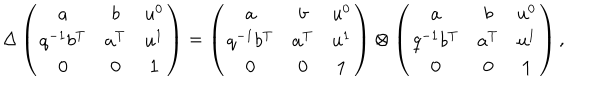
LaTeX: \Delta \left( \begin{matrix} { { a } } & { { b } } & { { u ^ { 0 } } } \\ { { q ^ { - 1 } b ^ { \mathrm { T } } } } & { { a ^ { \mathrm { T } } } } & { { u ^ { 1 } } } \\ { { 0 } } & { { 0 } } & { { { \bf 1 } } } \\ \end{matrix} \right) = \left( \begin{matrix} { { a } } & { { b } } & { { u ^ { 0 } } } \\ { { q ^ { - 1 } b ^ { \mathrm { T } } } } & { { a ^ { \mathrm { T } } } } & { { u ^ { 1 } } } \\ { { 0 } } & { { 0 } } & { { { \bf 1 } } } \\ \end{matrix} \right) \otimes \left( \begin{matrix} { { a } } & { { b } } & { { u ^ { 0 } } } \\ { { q ^ { - 1 } b ^ { \mathrm { T } } } } & { { a ^ { \mathrm { T } } } } & { { u ^ { 1 } } } \\ { { 0 } } & { { 0 } } & { { { \bf 1 } } } \\ \end{matrix} \right) ,